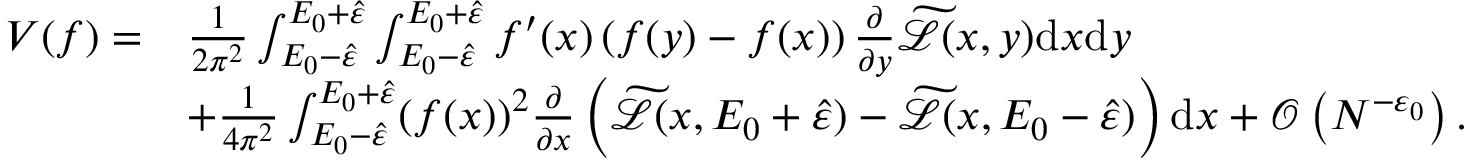
\begin{array} { r l } { V ( f ) = } & { \frac { 1 } { 2 \pi ^ { 2 } } \int _ { E _ { 0 } - \hat { \varepsilon } } ^ { E _ { 0 } + \hat { \varepsilon } } \int _ { E _ { 0 } - \hat { \varepsilon } } ^ { E _ { 0 } + \hat { \varepsilon } } f ^ { \prime } ( x ) \left( f ( y ) - f ( x ) \right) \frac { \partial } { \partial y } \widetilde { \mathcal { L } } ( x , y ) \mathrm { d } x \mathrm { d } y } \\ & { + \frac { 1 } { 4 \pi ^ { 2 } } \int _ { E _ { 0 } - \hat { \varepsilon } } ^ { E _ { 0 } + \hat { \varepsilon } } ( f ( x ) ) ^ { 2 } \frac { \partial } { \partial x } \left( \widetilde { \mathcal { L } } ( x , E _ { 0 } + \hat { \varepsilon } ) - \widetilde { \mathcal { L } } ( x , E _ { 0 } - \hat { \varepsilon } ) \right) \mathrm { d } x + \mathcal { O } \left( N ^ { - \varepsilon _ { 0 } } \right) . } \end{array}